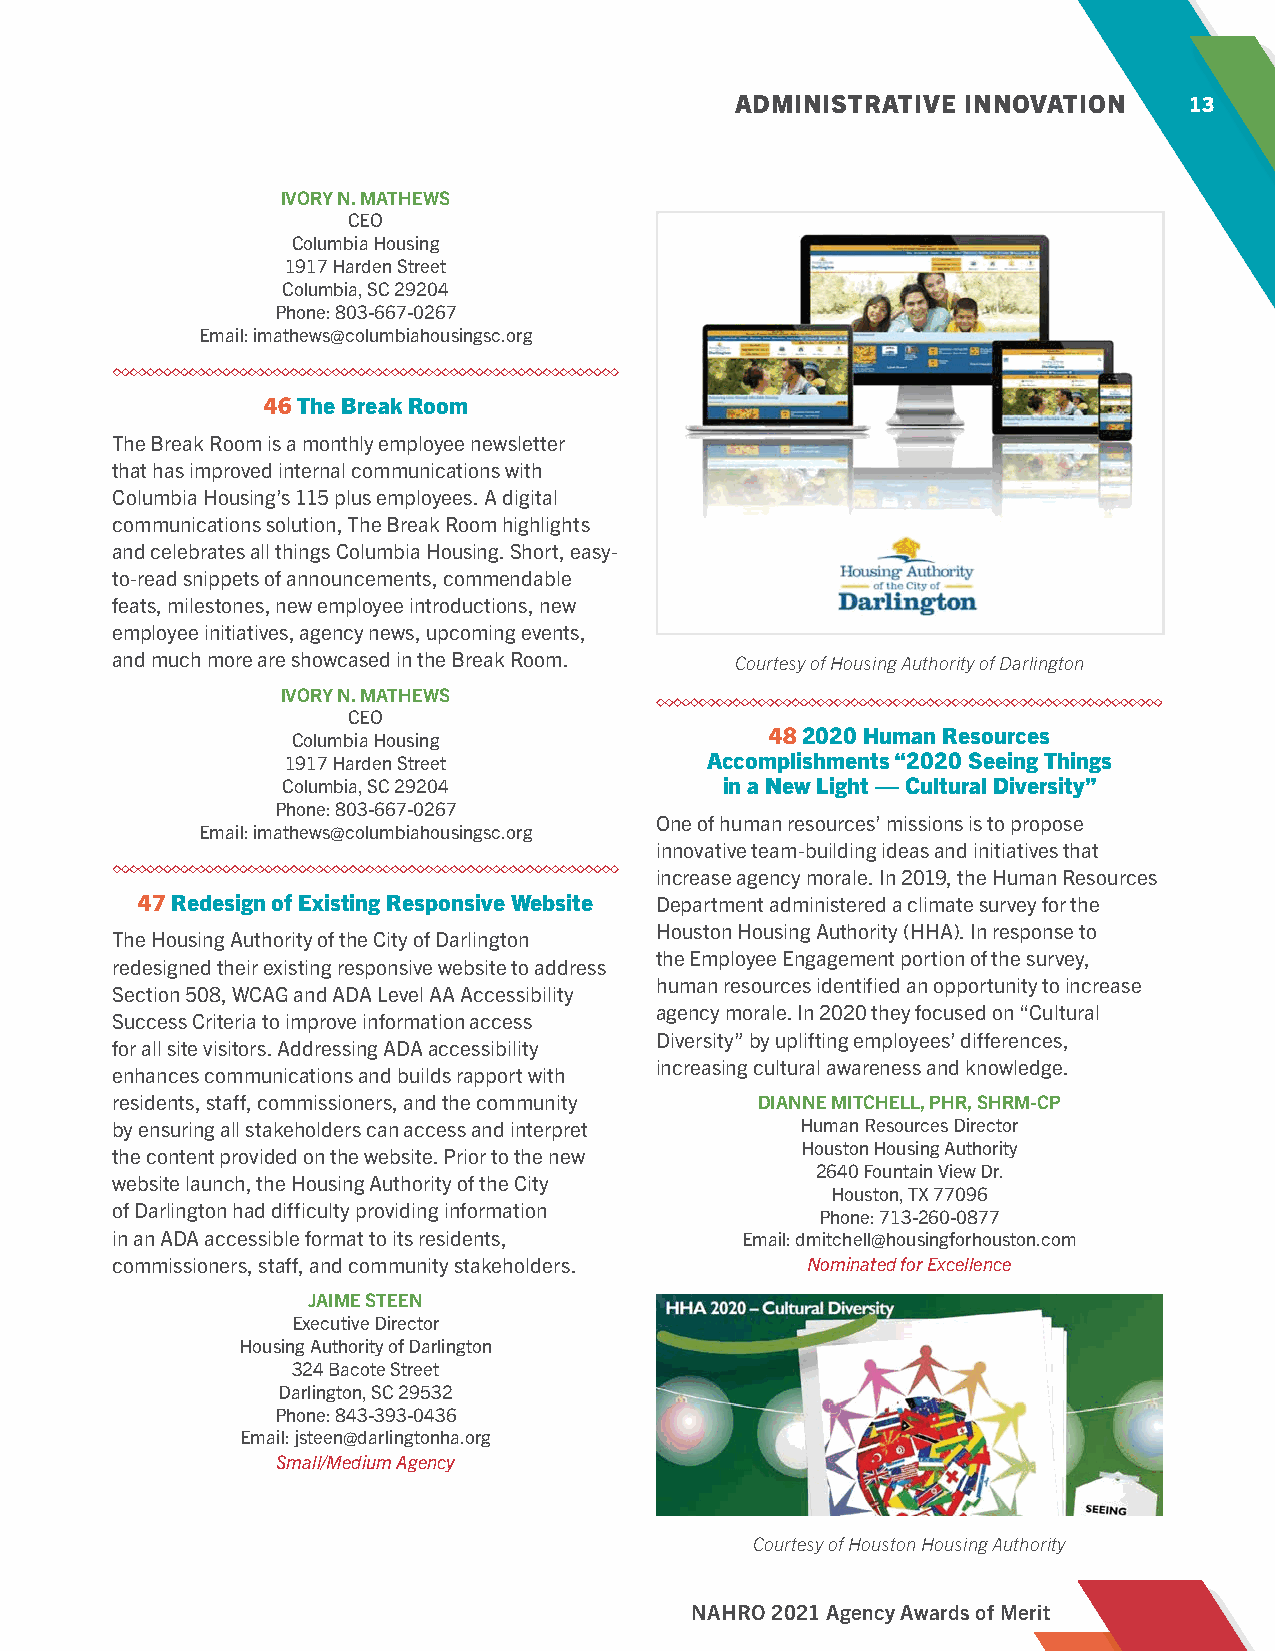
ADMINISTRATIVE INNOVATION     13
 IVORY N. MATHEWS
 CEO
 Columbia Housing
 1917 Harden Street
 Columbia, SC 29204
 Phone: 803-667-0267
 Email: imathews@columbiahousingsc.org
 46 The Break Room
 The Break Room is a monthly employee newsletter
 that has improved internal communications with
 Columbia Housing’s 115 plus employees. A digital
 communications solution, The Break Room highlights
 and celebrates all things Columbia Housing. Short, easy-
 to-read snippets of announcements, commendable
 feats, milestones, new employee introductions, new
 employee initiatives, agency news, upcoming events,
 and much more are showcased in the Break Room. Courtesy of Housing Authority of Darlington
 IVORY N. MATHEWS
 CEO
 48 2020 Human Resources
 Columbia Housing
 1917 Harden Street          Accomplishments “2020 Seeing Things
 Columbia, SC 29204           in a New Light — Cultural Diversity”
 Phone: 803-667-0267
 One of human resources’ missions is to propose
 Email: imathews@columbiahousingsc.org
 innovative team-building ideas and initiatives that
 increase agency morale. In 2019, the Human Resources
 47 Redesign of Existing Responsive Website Department administered a climate survey for the
 Houston Housing Authority (HHA). In response to
 The Housing Authority of the City of Darlington
 the Employee Engagement portion of the survey,
 redesigned their existing responsive website to address
 human resources identified an opportunity to increase
 Section 508, WCAG and ADA Level AA Accessibility
 agency morale. In 2020 they focused on “Cultural
 Success Criteria to improve information access
 Diversity” by uplifting employees’ differences,
 for all site visitors. Addressing ADA accessibility
 increasing cultural awareness and knowledge.
 enhances communications and builds rapport with
 residents, staff, commissioners, and the community DIANNE MITCHELL, PHR, SHRM-CP
 by ensuring all stakeholders can access and interpret Human Resources Director
 Houston Housing Authority
 the content provided on the website. Prior to the new
 2640 Fountain View Dr.
 website launch, the Housing Authority of the City
 Houston, TX 77096
 of Darlington had difficulty providing information
 Phone: 713-260-0877
 in an ADA accessible format to its residents, Email: dmitchell@housingforhouston.com
 commissioners, staff, and community stakeholders. Nominated for Excellence
 JAIME STEEN
 Executive Director
 Housing Authority of Darlington
 324 Bacote Street
 Darlington, SC 29532
 Phone: 843-393-0436
 Email: jsteen@darlingtonha.org
 Small/Medium Agency
 Courtesy of Houston Housing Authority
 NAHRO 2021 Agency Awards of Merit